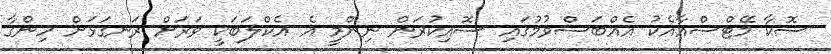
ސޮކާ މޭޓްސްއާއެކު އެއްބަސްވުމުުގައި ސޮއިކުރަން ނިންމީ އެ އެކްލަބަކީ ވަރަށް ރަނގަޅަށް ހިންގާ